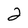
Character: 2